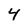
Character: 4